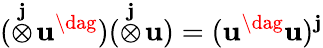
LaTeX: (\stackrel{\mathbf{j}}{\otimes}\! \mathbf{{u}}^{\dag})(\stackrel{\mathbf{j}}{\otimes}\! \mathbf{{u}})=(\mathbf{{u}}^{\dag}\mathbf{{u}})^{\mathbf{j}}